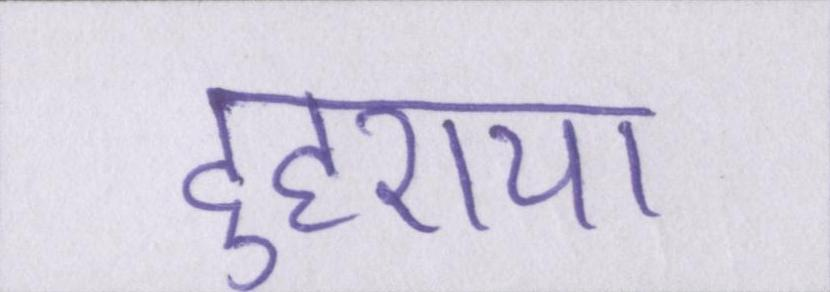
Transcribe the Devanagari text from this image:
दुहराया